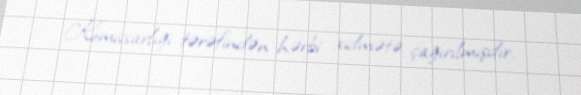
Komissarlığı tərəfindən hərbi xidmətə çağırılmışdır.